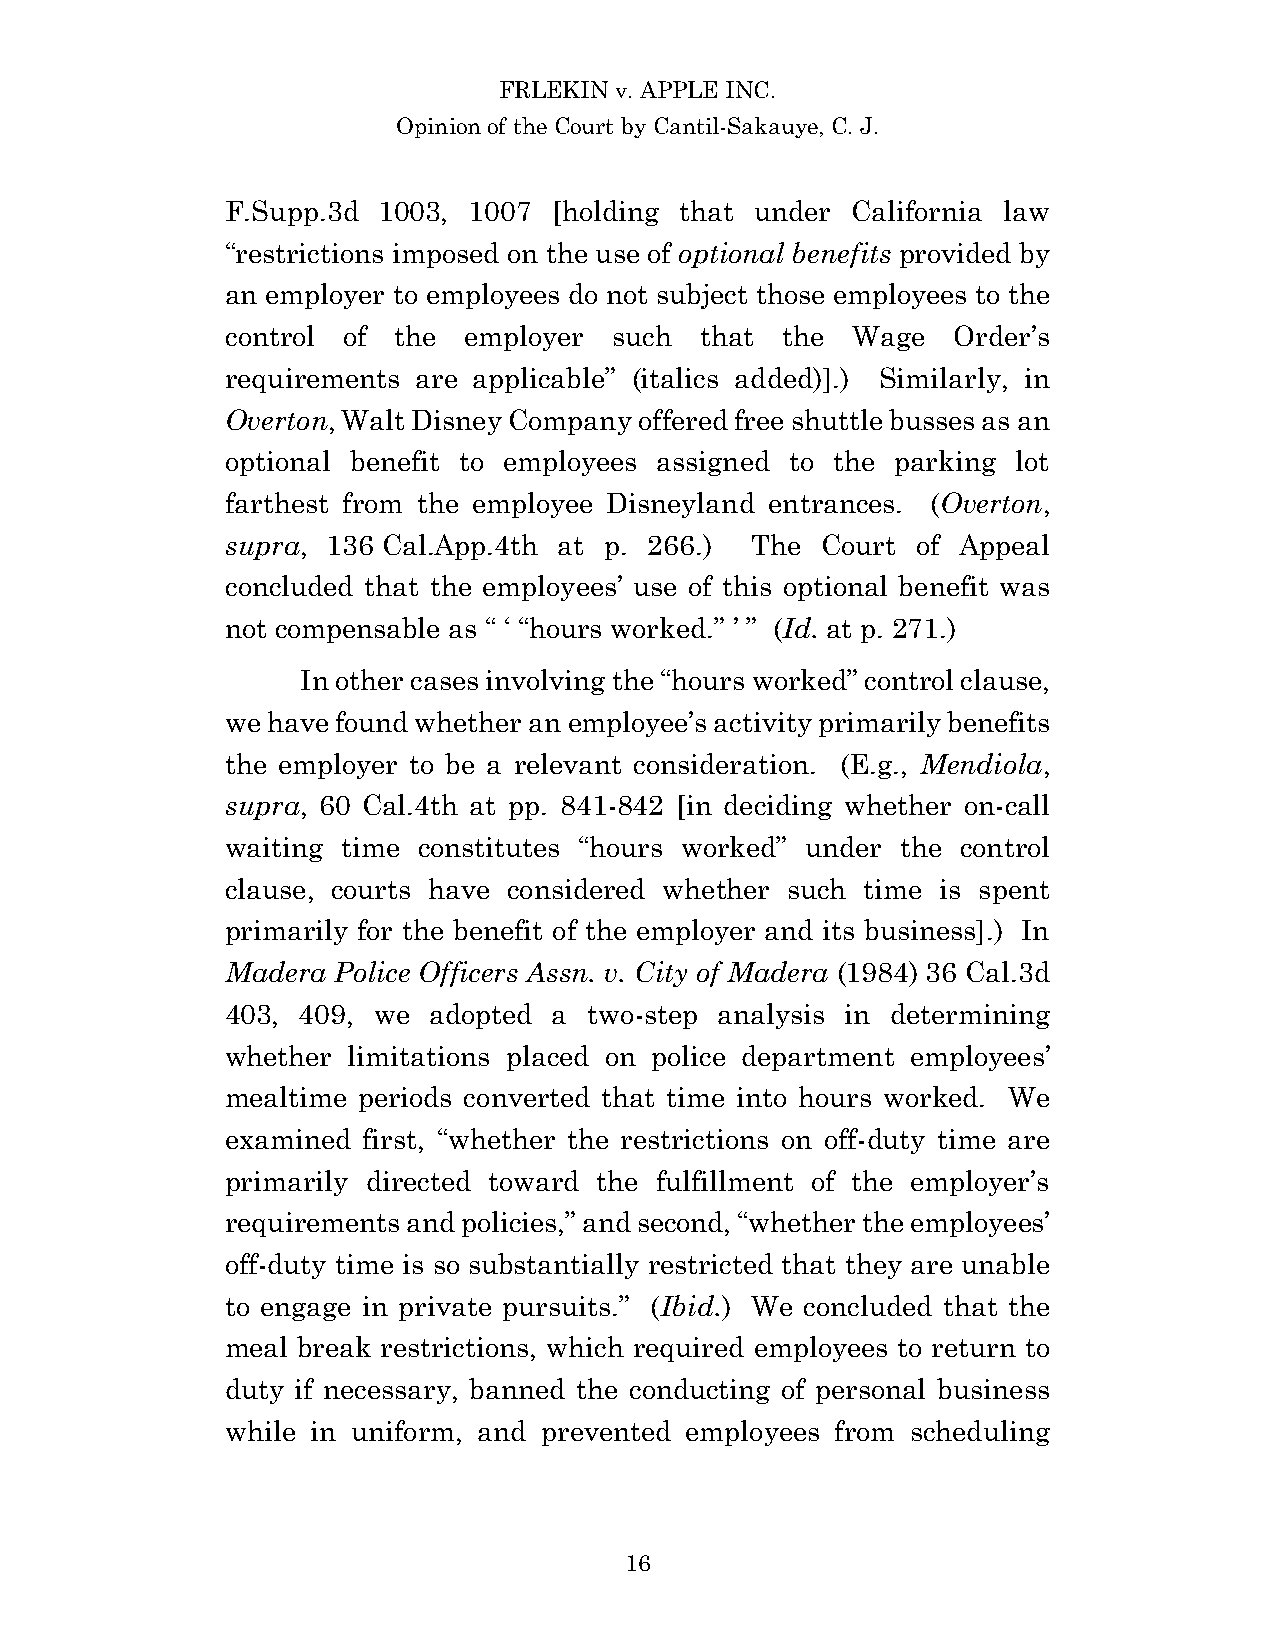
FRLEKIN v. APPLE INC.
 Opinion of the Court by Cantil-Sakauye, C. J.
 F.Supp.3d 1003, 1007  [holding that under California law
 “restrictions imposed on the use of optional benefits provided by
 an employer to employees do not subject those employees to the
 control of the  employer  such that  the  Wage  Order’s
 requirements are applicable” (italics added)].) Similarly, in
 Overton, Walt Disney Company offered free shuttle busses as an
 optional benefit to employees assigned to the parking lot
 farthest from the employee Disneyland entrances. (Overton,
 supra, 136 Cal.App.4th at p. 266.) The Court  of Appeal
 concluded that the employees’ use of this optional benefit was
 not compensable as “ ‘ “hours worked.” ’ ” (Id. at p. 271.)
 In other cases involving the “hours worked” control clause,
 we have found whether an employee’s activity primarily benefits
 the employer to be a relevant consideration. (E.g., Mendiola,
 supra, 60 Cal.4th at pp. 841-842 [in deciding whether on-call
 waiting time constitutes “hours worked” under the control
 clause, courts have considered whether such time is spent
 primarily for the benefit of the employer and its business].) In
 Madera Police Officers Assn. v. City of Madera (1984) 36 Cal.3d
 403, 409, we adopted  a two-step analysis in determining
 whether limitations placed on police department employees’
 mealtime periods converted that time into hours worked. We
 examined first, “whether the restrictions on off-duty time are
 primarily directed toward the fulfillment of the employer’s
 requirements and policies,” and second, “whether the employees’
 off-duty time is so substantially restricted that they are unable
 to engage in private pursuits.” (Ibid.) We concluded that the
 meal break restrictions, which required employees to return to
 duty if necessary, banned the conducting of personal business
 while in uniform, and prevented employees from scheduling
 16